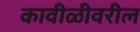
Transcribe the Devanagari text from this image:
कावीळीवरील